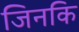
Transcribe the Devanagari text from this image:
जिनकि